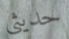
حديثي